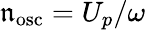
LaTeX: \mathfrak{n}_{\mathrm{{osc}}}=U_{p}/\omega